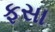
ફસા